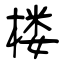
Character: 楼